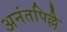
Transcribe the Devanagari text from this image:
अनंतपिल्लै